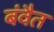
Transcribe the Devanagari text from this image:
बंवैत